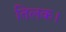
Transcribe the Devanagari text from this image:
तिलक।